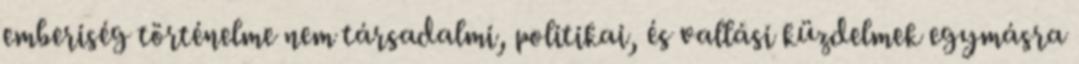
emberiség történelme nem társadalmi, politikai, és vallási küzdelmek egymásra